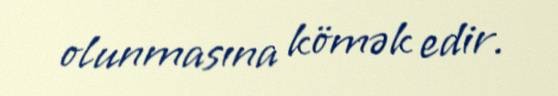
olunmasına kömək edir.